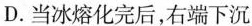
D.当冰熔化完后，右端下沉